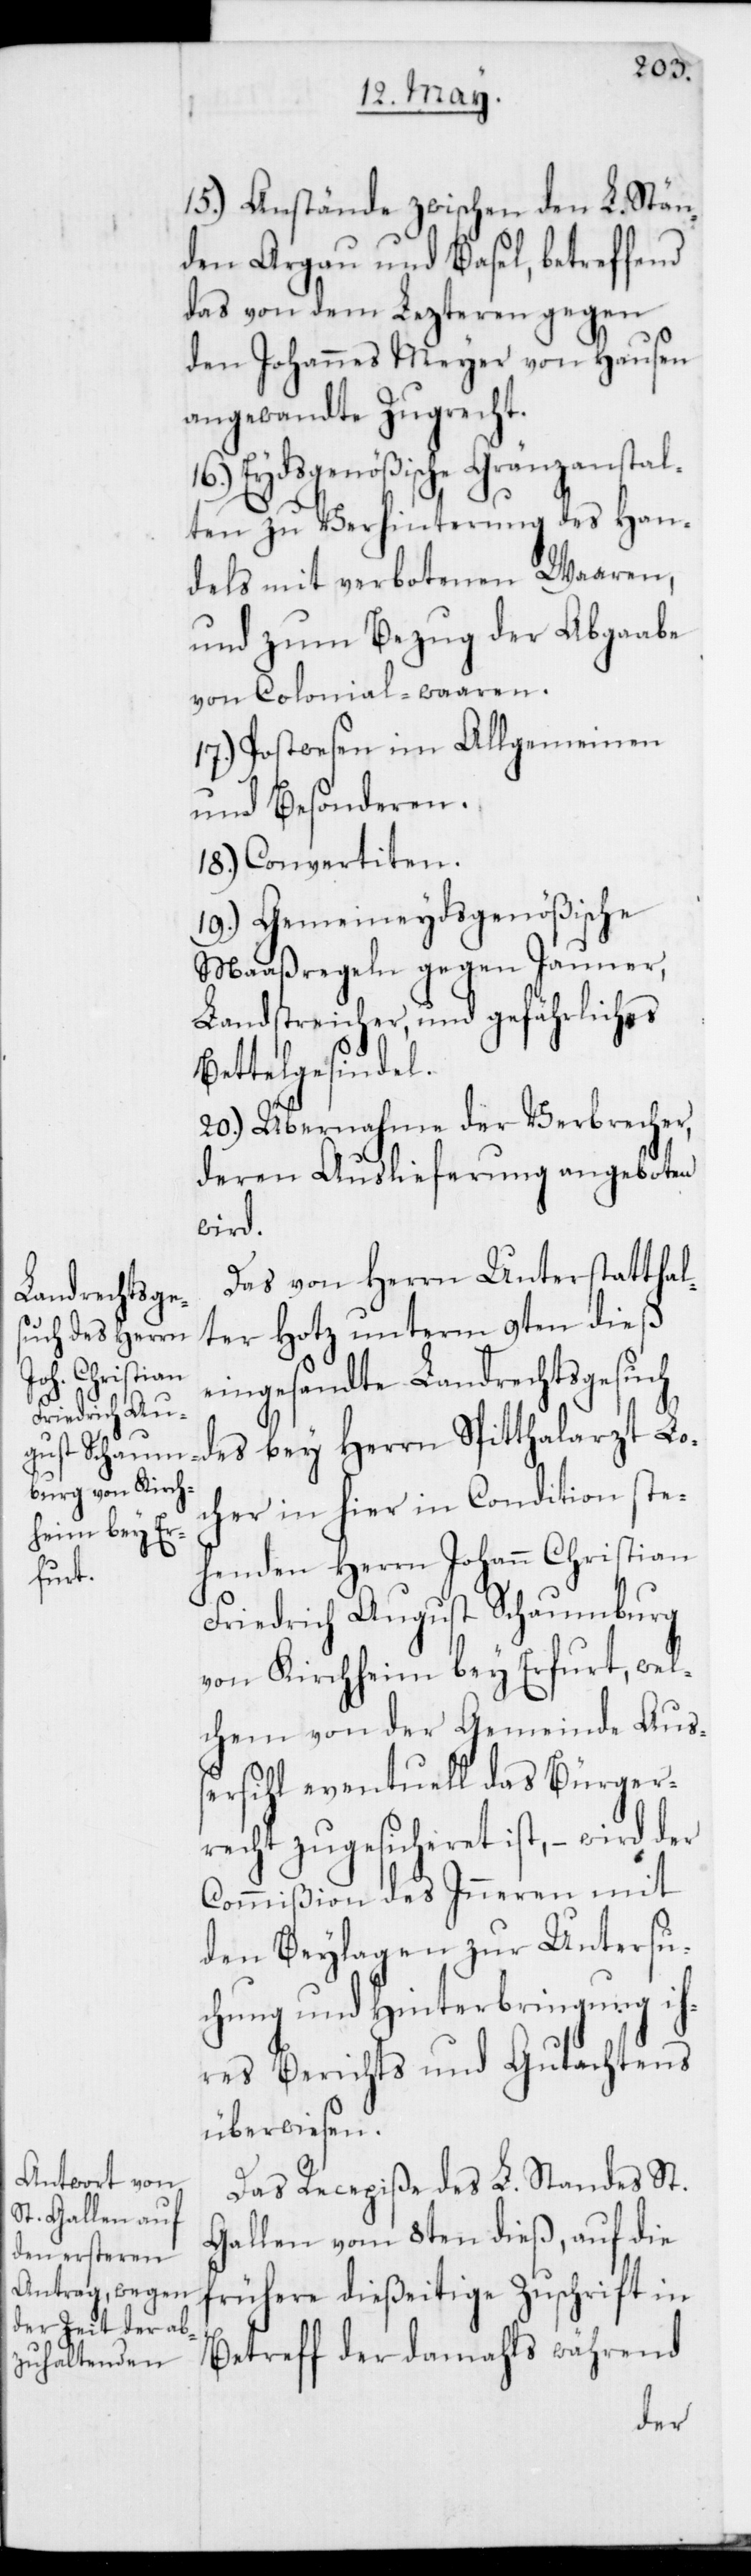
15.) Anstände zwischen den L. Stän¬
den Argau und Basel, betreffend
das von dem Lezteren gegen
den Johannes Meyer von Hausen
angewandte Zugrecht.
16.) Eydsgenößische Gränzanstal¬
ten zu Verhinderung des Han¬
dels mit verbotenen Waaren,
und zum Bezug der Abgabe
von Colonial-Waaren.
17.) Postwesen im Allgemeinen
und Besonderen.
18.) Convertiten.
19.) Gemeineydsgenößische
Maaßregeln gegen Jauner,
Landstreicher und gefährliches
Bettelgesindel.
20.) Übernahme der Verbrecher,
deren Auslieferung angeboten
wird.
Das von Herrn Unterstatthal¬
ter Hotz unterm 9ten dieß
eingesandte Landrechtsgesuch
des bey Herrn Spitalarzt Lo¬
cher in hier in Condition ste¬
henden Herrn Johann Christian
Friedrich August Schaumburg
von Kirchheim bey Erfurt, wel¬
chem von der Gemeinde Auß¬
ersihl eventuell das Bürger¬
recht zugesicheret ist, – wird der
Commißion des Inneren mit
den Beylagen zur Untersu¬
chung und Hinterbringung ih¬
res Berichts und Gutachtens
überwiesen.
Das Recepiße des L. Standes St.
Gallen vom 8ten dieß, auf die
frühere dießeitige Zuschrift in
Betreff der damahls während